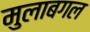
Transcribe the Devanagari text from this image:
मुलाबगल